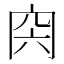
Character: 𠕜